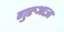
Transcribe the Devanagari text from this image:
गुरुआज्ञा